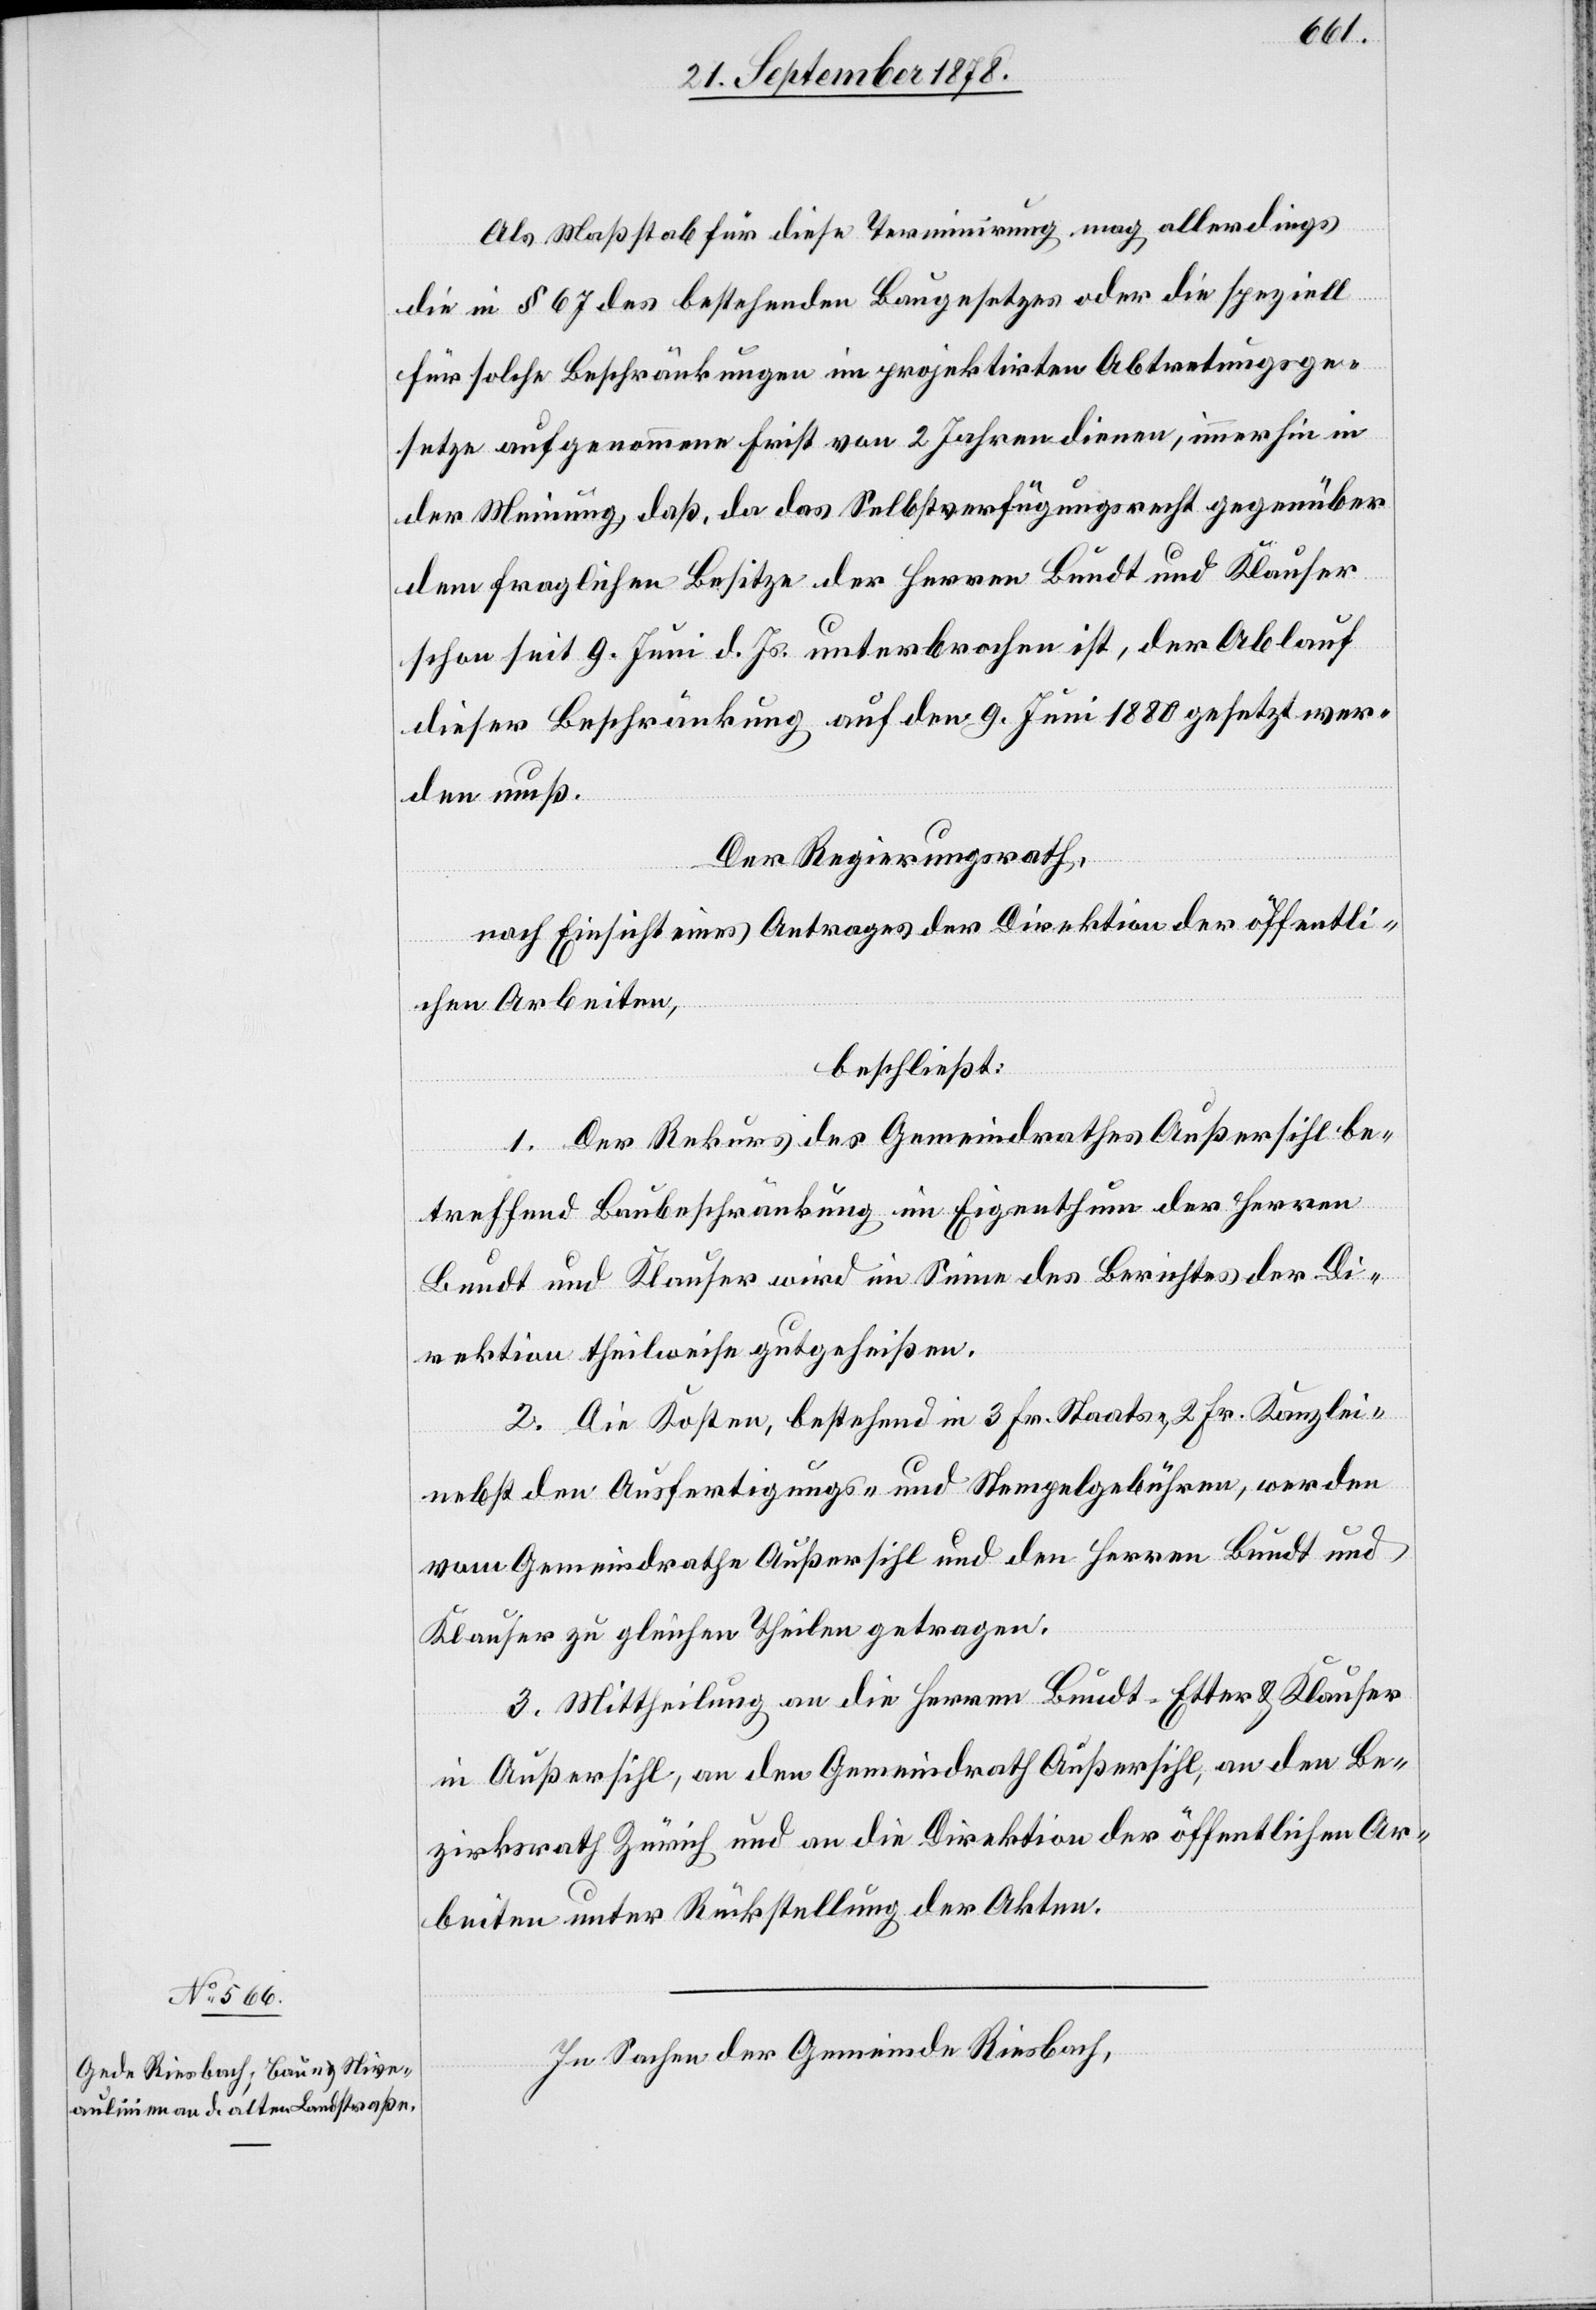
Als Maßstab für diese Terminirung mag allerdings
die in § 67 des bestehenden Baugesetzes oder die speziell
für solche Beschränkungen im projektirten Abtretungsge¬
setze aufgenommene Frist von 2 Jahren dienen, immerhin in
der Meinung, daß, da das Selbstverfügungsrecht gegenüber
dem fraglichen Besitze der Herren Bundt und Klauser
schon seit 9. Juni d. Js. unterbrochen ist, der Ablauf
dieser Beschränkung auf den 9. Juni 1880 gesetzt wer¬
den muß.
Der Regierungsrath,
nach Einsicht eines Antrages der Direktion der öffentli¬
chen Arbeiten,
beschließt:
1. Der Rekurs des Gemeindrathes Außersihl be¬
treffend Baubeschränkung im Eigenthum der Herren
Bundt und Klauser wird im Sinne des Berichtes der Di¬
rektion theilweise gutgeheißen.
2. Die Kosten, bestehend in 3 Fr. Staats-, 2 Fr. Kanzlei-
nebst den Ausfertigungs- und Stempelgebühren, werden
vom Gemeindrath Außersihl und den Herren Bundt und
Klauser zu gleichen Theilen getragen.
3. Mittheilung an die Herren Bundt-Etter & Klauser
in Außersihl, an den Gemeindrath Außersihl, an den Be¬
zirksrath Zürich und an die Direktion der öffentlichen Ar¬
beiten unter Rückstellung der Akten.
In Sachen der Gemeinde Riesbach,